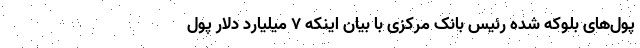
پول‌های بلوکه شده رئیس بانک مرکزی با بیان اینکه ۷ میلیارد دلار پول